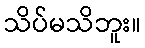
သိပ်မသိဘူး။